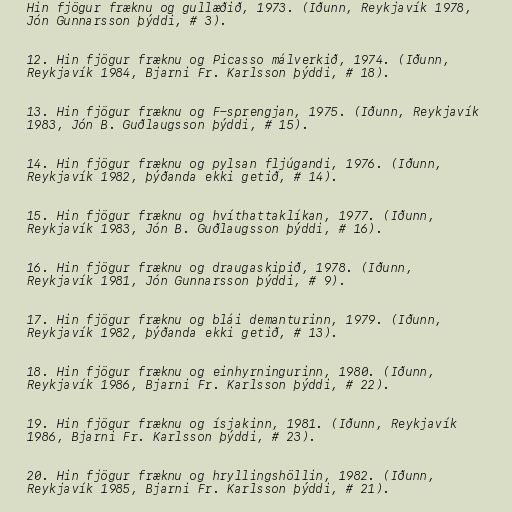
Hin fjögur fræknu og gullæðið, 1973. (Iðunn, Reykjavík 1978,
Jón Gunnarsson þýddi, # 3).

12. Hin fjögur fræknu og Picasso málverkið, 1974. (Iðunn,
Reykjavík 1984, Bjarni Fr. Karlsson þýddi, # 18).

13. Hin fjögur fræknu og F-sprengjan, 1975. (Iðunn, Reykjavík
1983, Jón B. Guðlaugsson þýddi, # 15).

14. Hin fjögur fræknu og pylsan fljúgandi, 1976. (Iðunn,
Reykjavík 1982, þýðanda ekki getið, # 14).

15. Hin fjögur fræknu og hvíthattaklíkan, 1977. (Iðunn,
Reykjavík 1983, Jón B. Guðlaugsson þýddi, # 16).

16. Hin fjögur fræknu og draugaskipið, 1978. (Iðunn,
Reykjavík 1981, Jón Gunnarsson þýddi, # 9).

17. Hin fjögur fræknu og blái demanturinn, 1979. (Iðunn,
Reykjavík 1982, þýðanda ekki getið, # 13).

18. Hin fjögur fræknu og einhyrningurinn, 1980. (Iðunn,
Reykjavík 1986, Bjarni Fr. Karlsson þýddi, # 22).

19. Hin fjögur fræknu og ísjakinn, 1981. (Iðunn, Reykjavík
1986, Bjarni Fr. Karlsson þýddi, # 23).

20. Hin fjögur fræknu og hryllingshöllin, 1982. (Iðunn,
Reykjavík 1985, Bjarni Fr. Karlsson þýddi, # 21).